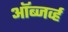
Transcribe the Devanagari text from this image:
ऑब्जर्व्ह